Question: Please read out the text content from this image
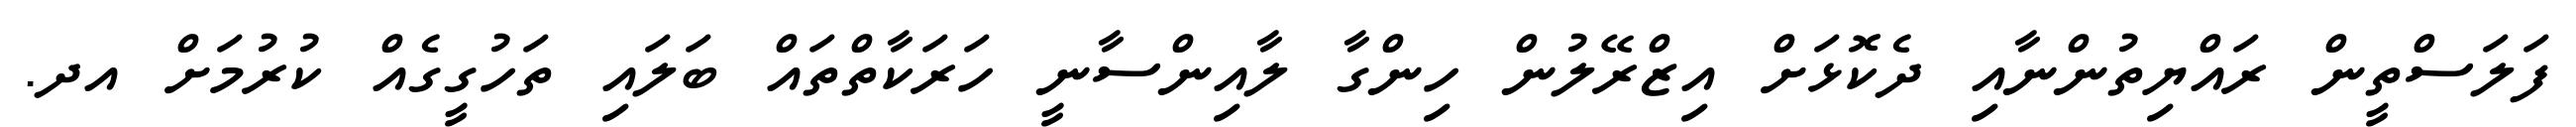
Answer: ފަލަސްތީން ރައްޔިތުންނާއި ދެކޮޅަށް އިޒްރޭލުން ހިންގާ ލާއިންސާނީ ހަރަކާތްތައް ބަލައި ތަހުގީގެއް ކުރުމަށް އދ.